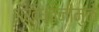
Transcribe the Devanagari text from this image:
शंखध्वनींमुळे